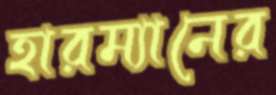
হারম্যানের